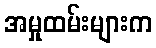
အမှုထမ်းများက